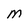
Character: m